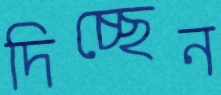
দিচ্ছেন